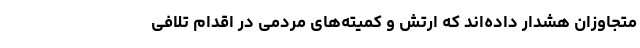
متجاوزان هشدار داده‌اند که ارتش و کمیته‌های مردمی در اقدام تلافی